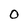
Character: O